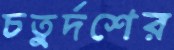
চতুর্দশের